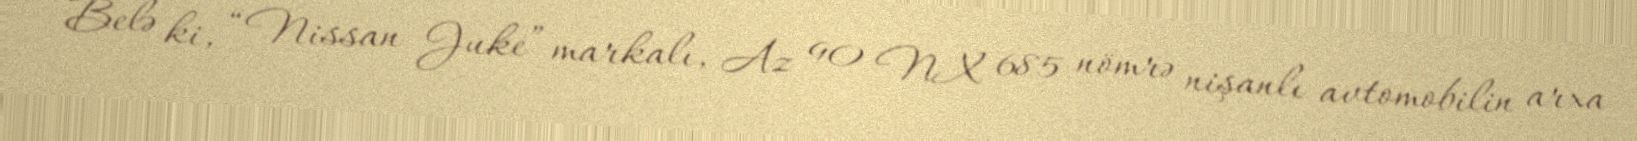
Belə ki, “Nissan Juke” markalı, Az 90 NX 685 nömrə nişanlı avtomobilin arxa